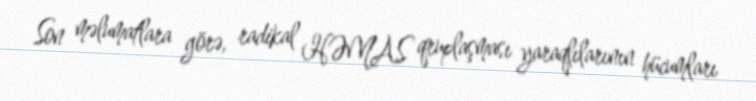
Son məlumatlara görə, radikal HƏMAS qruplaşması yaraqlılarının hücumları